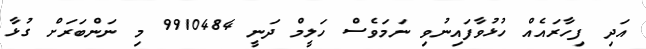
އަދި ފިހާރައެއް ހުޅުވާފައިނުވި ނަމަވެސް ހަލީމް ދަނީ 9910484 މި ނަންބަރަށް ގުޅާ